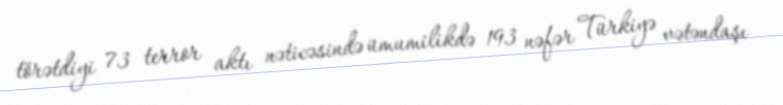
törətdiyi 73 terror aktı nəticəsində ümumilikdə 193 nəfər Türkiyə vətəndaşı